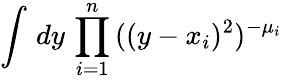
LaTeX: \int\, dy\, \prod_{i=1}^{n}\, ((y-x_{i})^{2})^{-\mu_{i}}